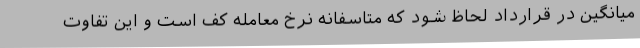
میانگین در قرارداد لحاظ شود که متاسفانه نرخ معامله کف است و این تفاوت